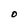
Character: O